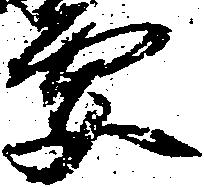
要